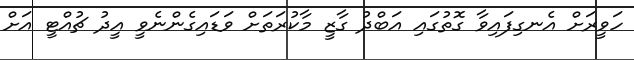
ހަވީރަށް އެނގިފައިވާ ގޮތުގައި އަބްދު ގާޒީ މާކުރަތަށް ވަޑައިގެންނެވީ އީދު ޗުއްޓީ އަށް